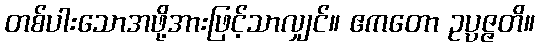
တစ်ပါးသောအဖို့အားဖြင့်သာလျှင်။ ဧကတော ဥပ္ပဇ္ဇတိ။